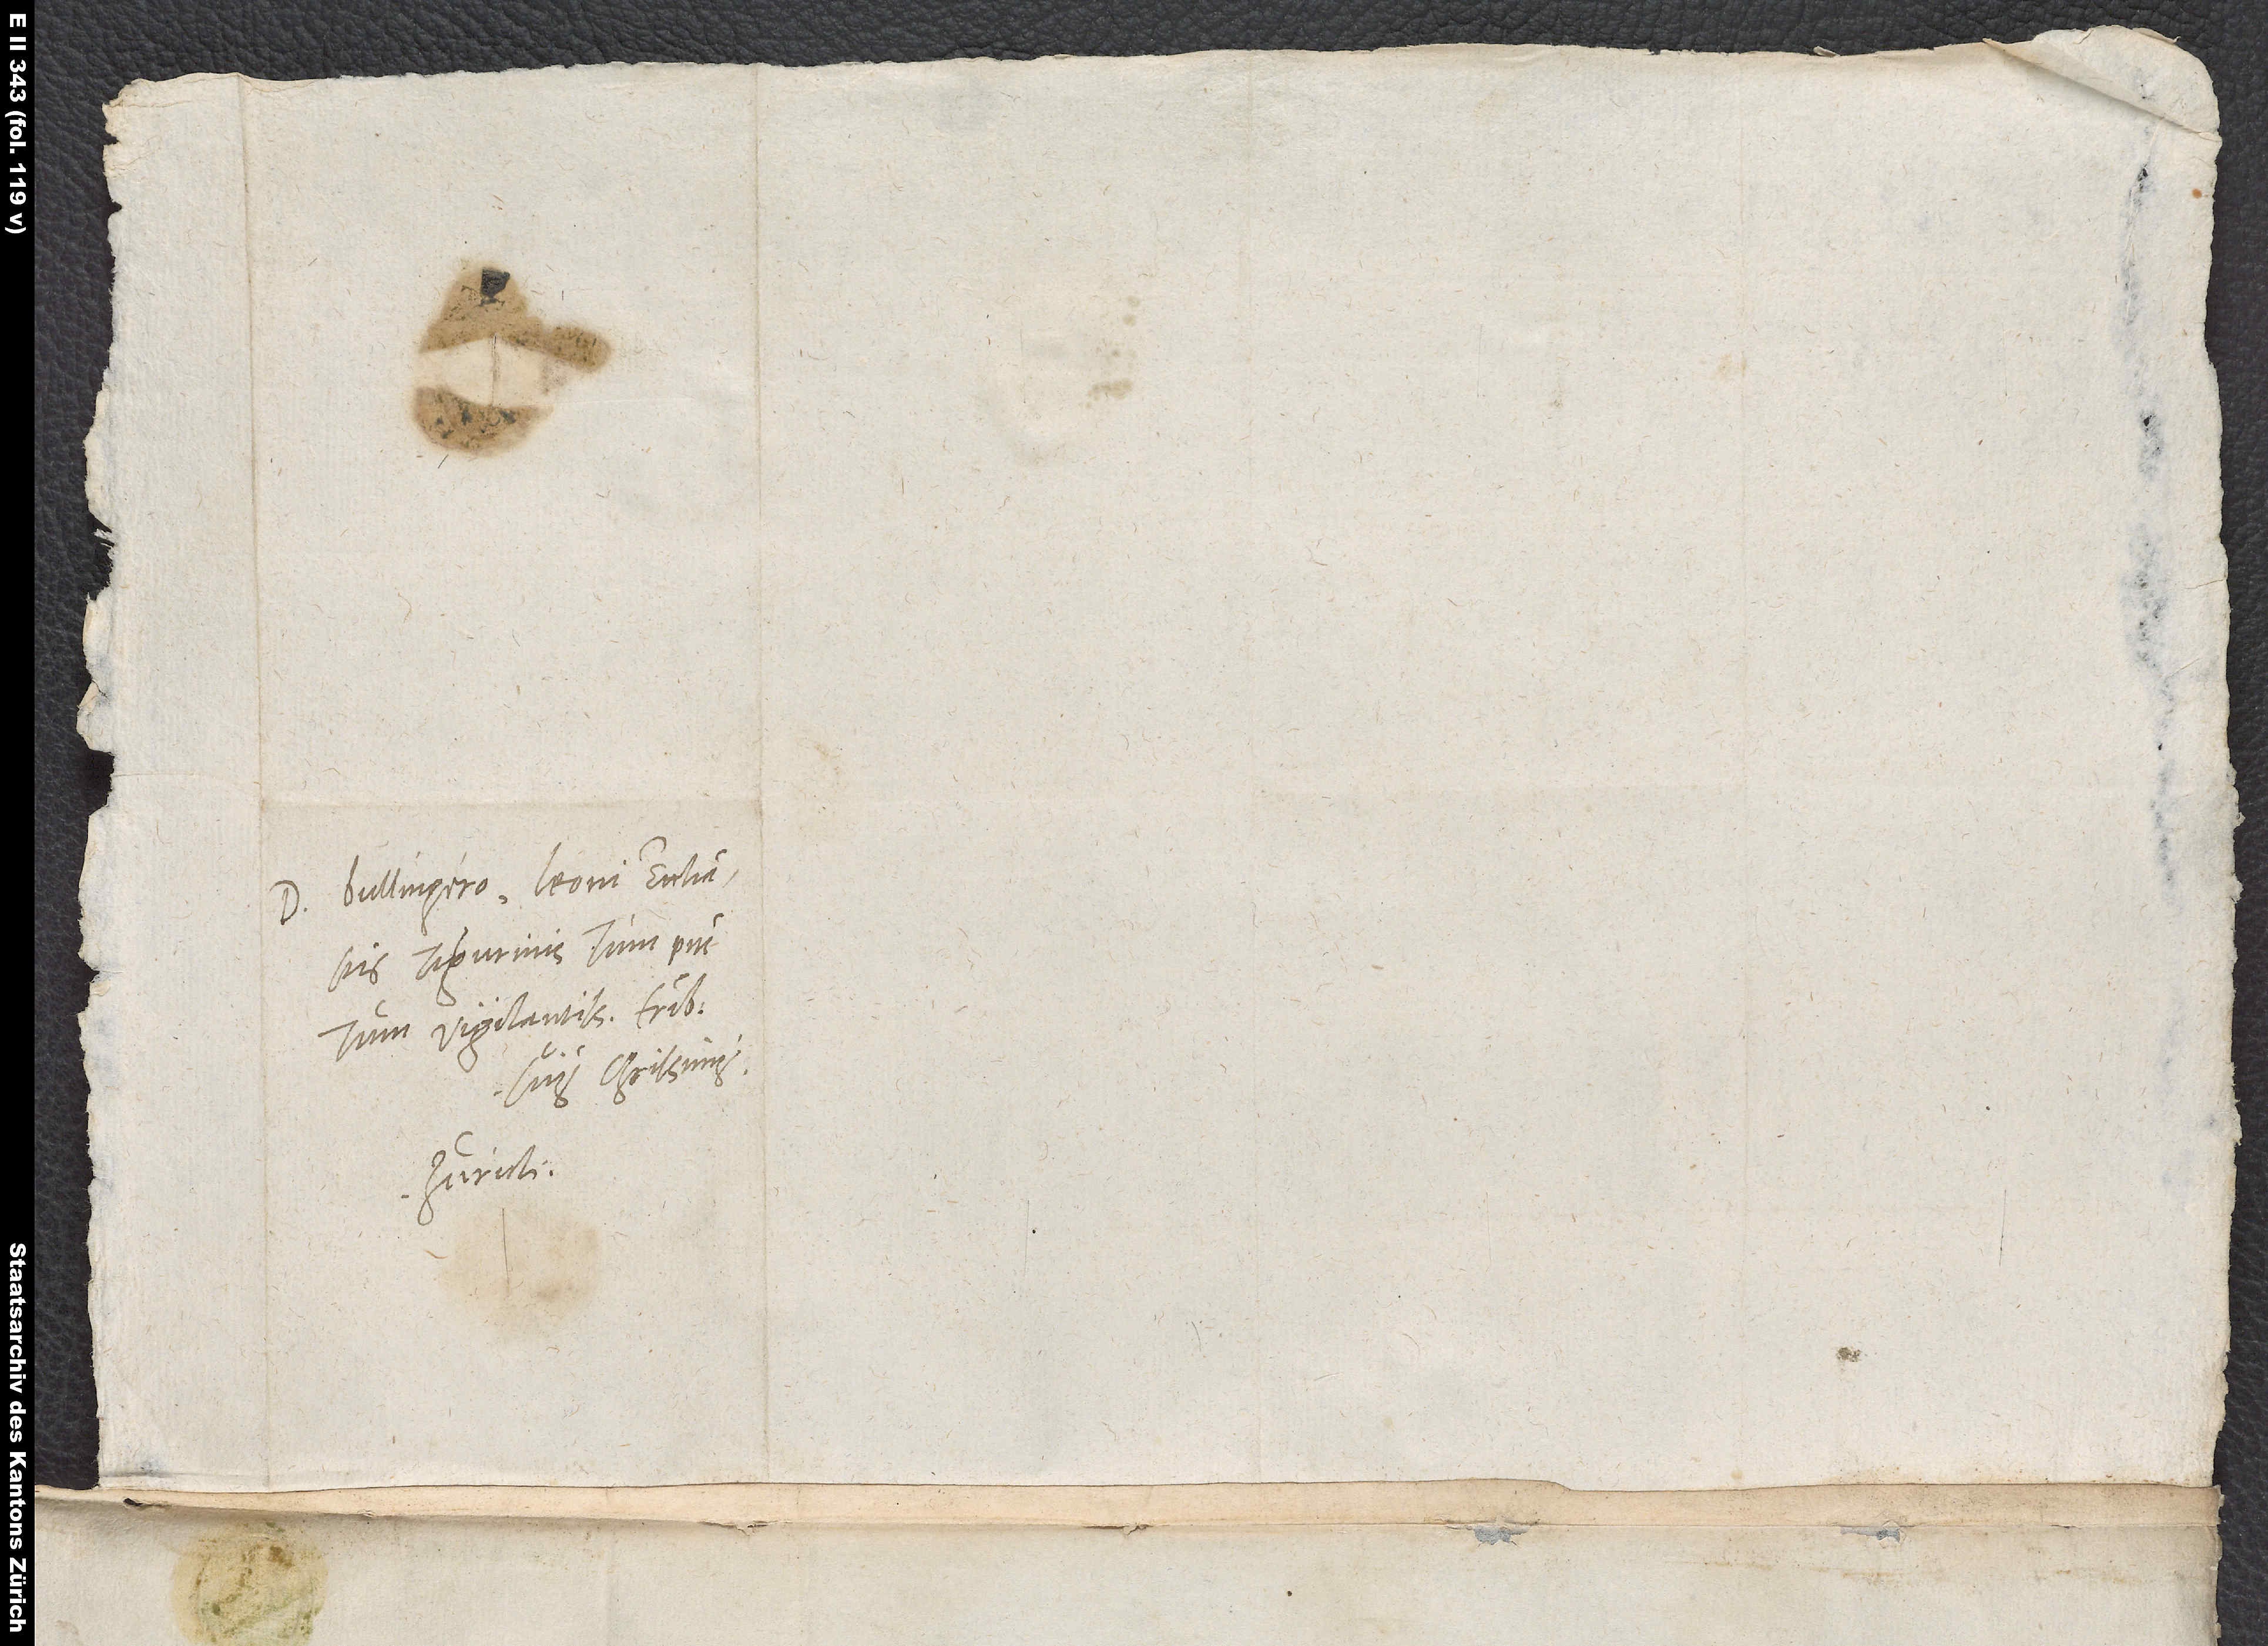
D Bullingero, Leoni, ecclesiastis
Tigurinis tum piis
tum vigilantissimis, fratribus
suis charissimis.
Zurich.